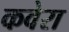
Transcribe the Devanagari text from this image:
कवेरा